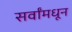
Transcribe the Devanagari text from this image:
सर्वांमधून